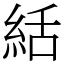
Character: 絬